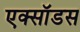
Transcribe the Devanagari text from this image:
एक्सॉडस